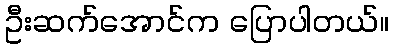
ဦးဆက်အောင်က ပြောပါတယ်။